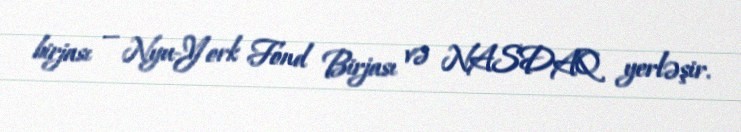
birjası — Nyu-York Fond Birjası və NASDAQ yerləşir.